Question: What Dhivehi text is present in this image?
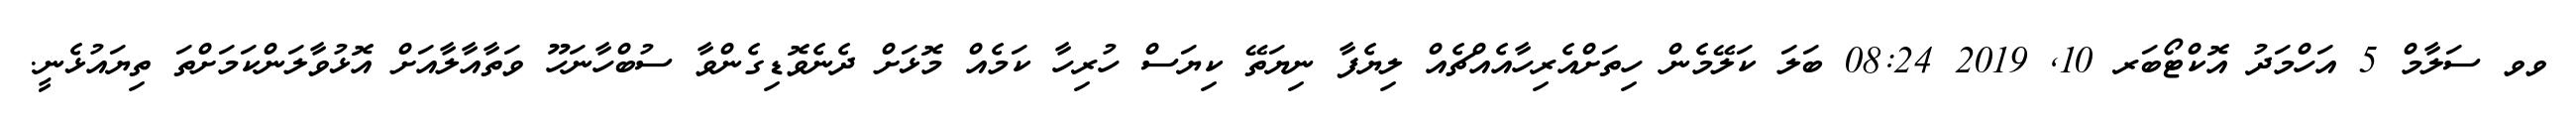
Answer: ވވ ސަލާމް 5 އަހްމަދު އޮކްޓޯބަރ 10, 2019 08:24 ބަލަ ކަލޭމެން ހިތަށްއެރިހާއެއްޗެއް ލިޔެފާ ނިޔަތޭ ކިޔަސް ހުރިހާ ކަމެއް މޮޅަށް ދެނެވޮޑިގެންވާ ސުބްހާނަހޫ ވަތާއާލާއަށް އޮޅުވާލަންކަމަށްތަ ތިޔައުޅެނީ.